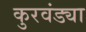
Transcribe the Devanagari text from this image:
कुरवंड्या